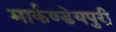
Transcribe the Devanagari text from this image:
मार्कण्डेयपुरी